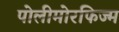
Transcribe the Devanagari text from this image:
पोलीमोरफिज्म